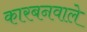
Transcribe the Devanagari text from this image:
कारबनवाले